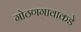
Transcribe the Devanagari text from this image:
गोठणगावाकडे